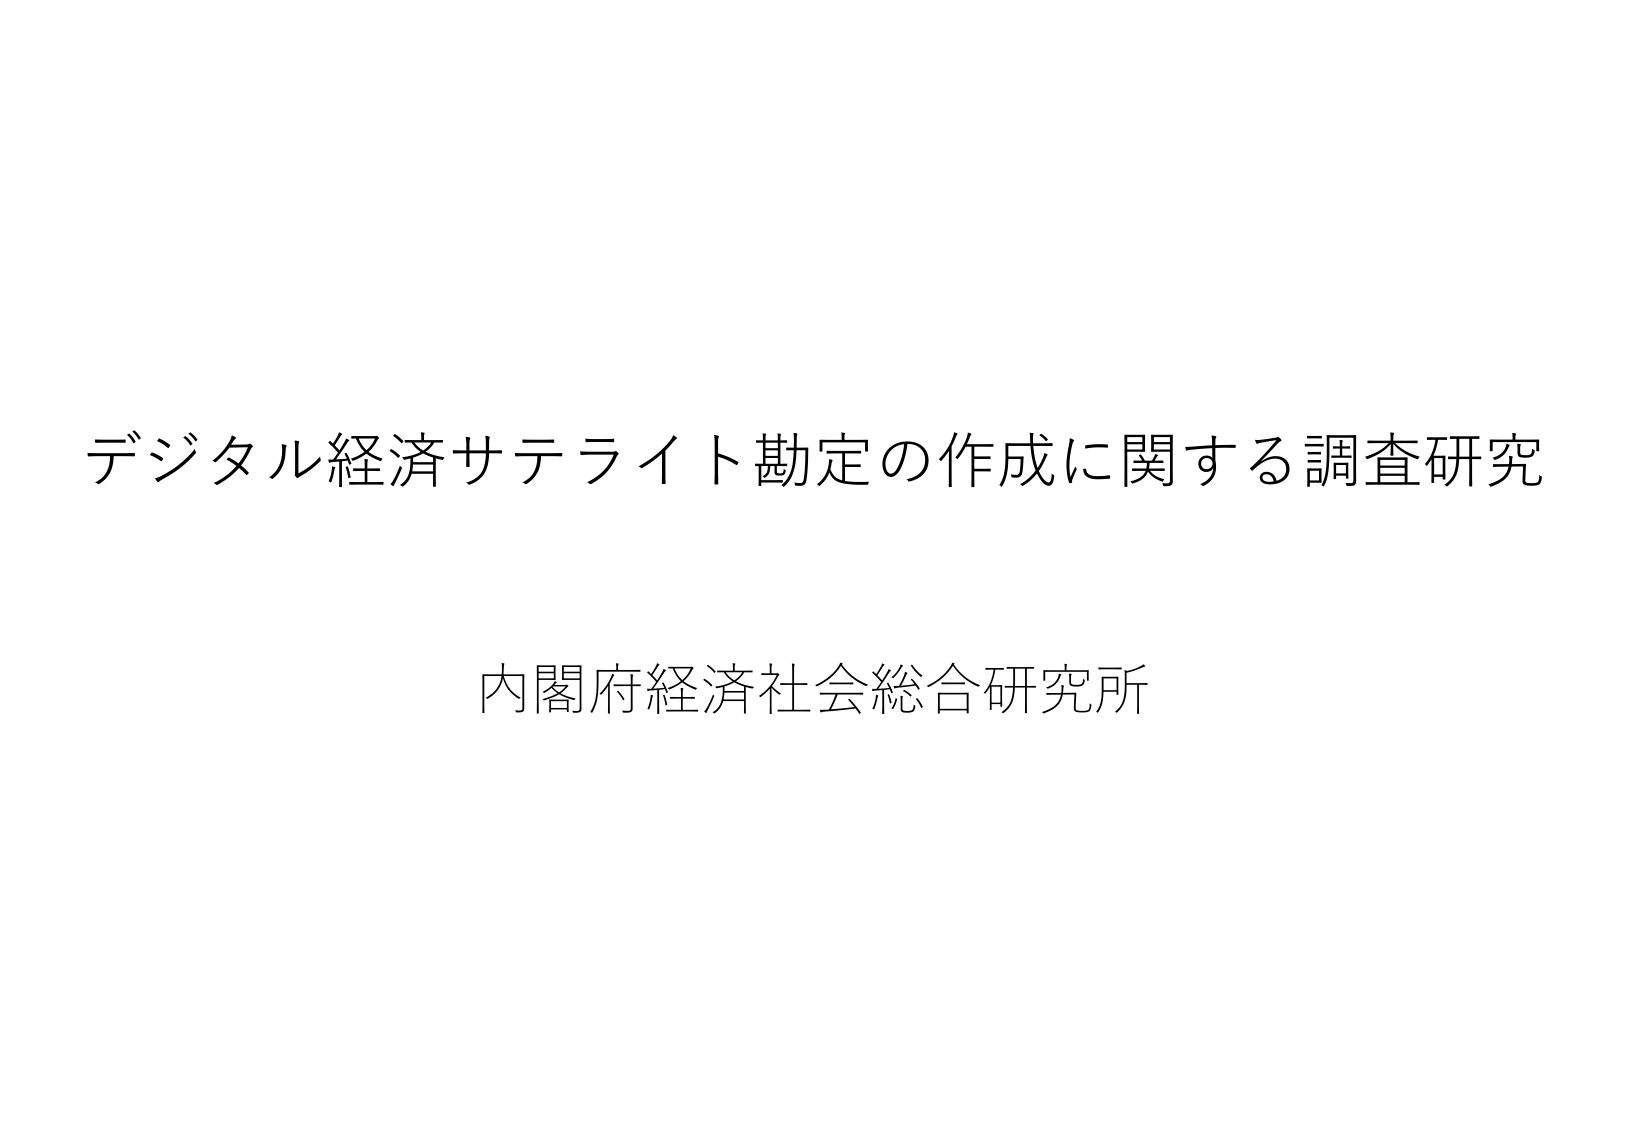
デジタル経済サテライト勘定の作成に関する調査研究

内閣府経済社会総合研究所